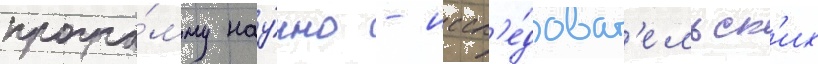
програ́мму нау́чно - иссл'е́доват'ельск'их